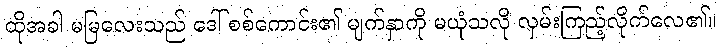
ထိုအခါ မမြလေးသည် ဒေါ် စစ်ကောင်း၏ မျက်နှာကို မယုံသလို လှမ်းကြည့်လိုက်လေ၏။